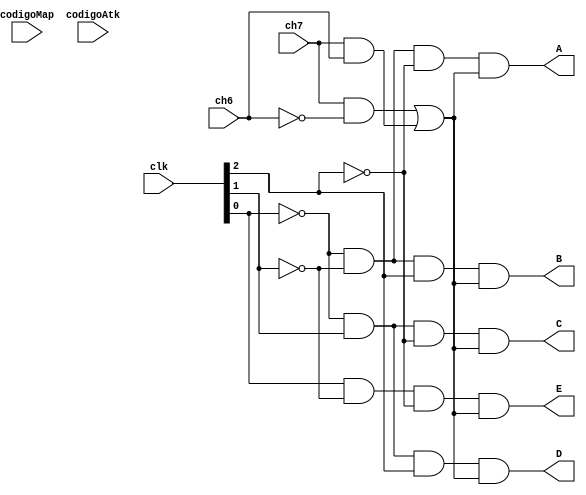
module matriz_led_coluna(
						input [3:0] clk,
						input ch6, ch7,
						input [34:0] codigoMap, codigoAtk,
						output A, B, C, D, E
);
	wire not_clk0, not_clk1, not_clk2, not_ch6, not_ch7, aux_ativo1, aux_ativo2, aux_ativo;
	
	not(not_clk0, clk[0]);
	not(not_clk1, clk[1]);
	not(not_clk2, clk[2]);
	not(not_ch6, ch6);
	
	and(aux_ativo1,ch7, not_ch6);
	and(aux_ativo2,ch7, ch6);
	or(aux_ativo, aux_ativo1, aux_ativo2);
	
	and(A, not_clk0, not_clk1, not_clk2, aux_ativo);
	and(B, not_clk0, not_clk1, clk[2], aux_ativo);
	and(C, not_clk0, clk[1], not_clk2, aux_ativo);
	and(D, not_clk0, clk[1], clk[2], aux_ativo);
	and(E, clk[0], not_clk1, not_clk2, aux_ativo);

endmodule